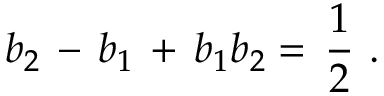
b _ { 2 } \, - \, b _ { 1 } \, + \, b _ { 1 } b _ { 2 } = \, { \frac { 1 } { 2 } } \, \, .